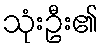
သုံးဦး၏